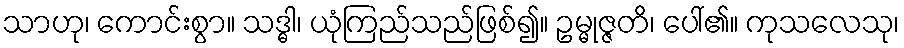
သာဟု၊ ကောင်းစွာ။ သဒ္ဓါ၊ ယုံကြည်သည်ဖြစ်၍။ ဥမ္မုဇ္ဇတိ၊ ပေါ်၏။ ကုသလေသု၊